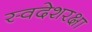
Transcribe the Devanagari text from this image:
स्वदेशरक्षा